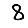
Digit: 8